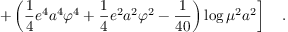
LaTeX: \left. + \left( \frac 1 4 e ^ { 4 } a ^ { 4 } \varphi ^ { 4 } + \frac 1 4 e ^ { 2 } a ^ { 2 } \varphi ^ { 2 } - { \frac { 1 } { 4 0 } } \right) \log \mu ^ { 2 } a ^ { 2 } \right] ~ ~ ~ .